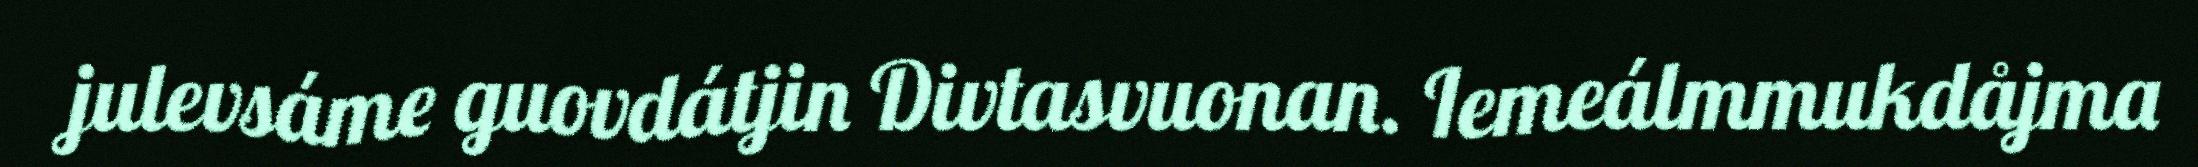
julevsáme guovdátjin Divtasvuonan. Iemeálmmukdåjma